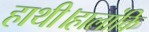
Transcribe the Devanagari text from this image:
हाथी।हालांकि